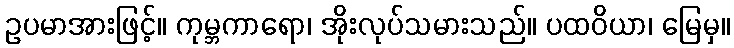
ဥပမာအားဖြင့်။ ကုမ္ဘကာရော၊ အိုးလုပ်သမားသည်။ ပထဝိယာ၊ မြေမှ။